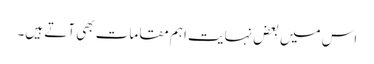
اس میں بعض نہایت اہم مقامات بھی آتے ہیں۔